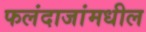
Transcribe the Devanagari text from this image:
फलंदाजांमधील